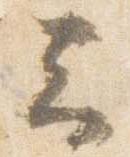
云